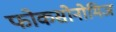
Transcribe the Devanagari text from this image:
फोकसोनोमिज